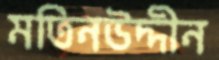
মতিনউদ্দীন